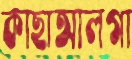
কাছাআলগা